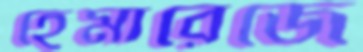
হেমারেজে